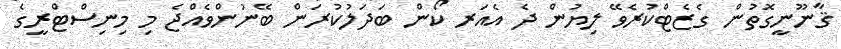
ޤާނޫނީގޮތުން ގެޒެޓްކުރެވޭ ލިޔުން ދެ އެއަރ ކޯން ބަދަލުކުރަން ބޭނުންވެއްޖެ މި މިނިސްޓްރީގެ